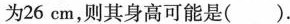
为26cm，则其身高可能是( ).